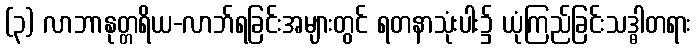
(၃) လာဘာနုတ္တရိယ-လာဘ်ရခြင်းအများတွင် ရတနာသုံးပါး၌ ယုံကြည်ခြင်းသဒ္ဓါတရား